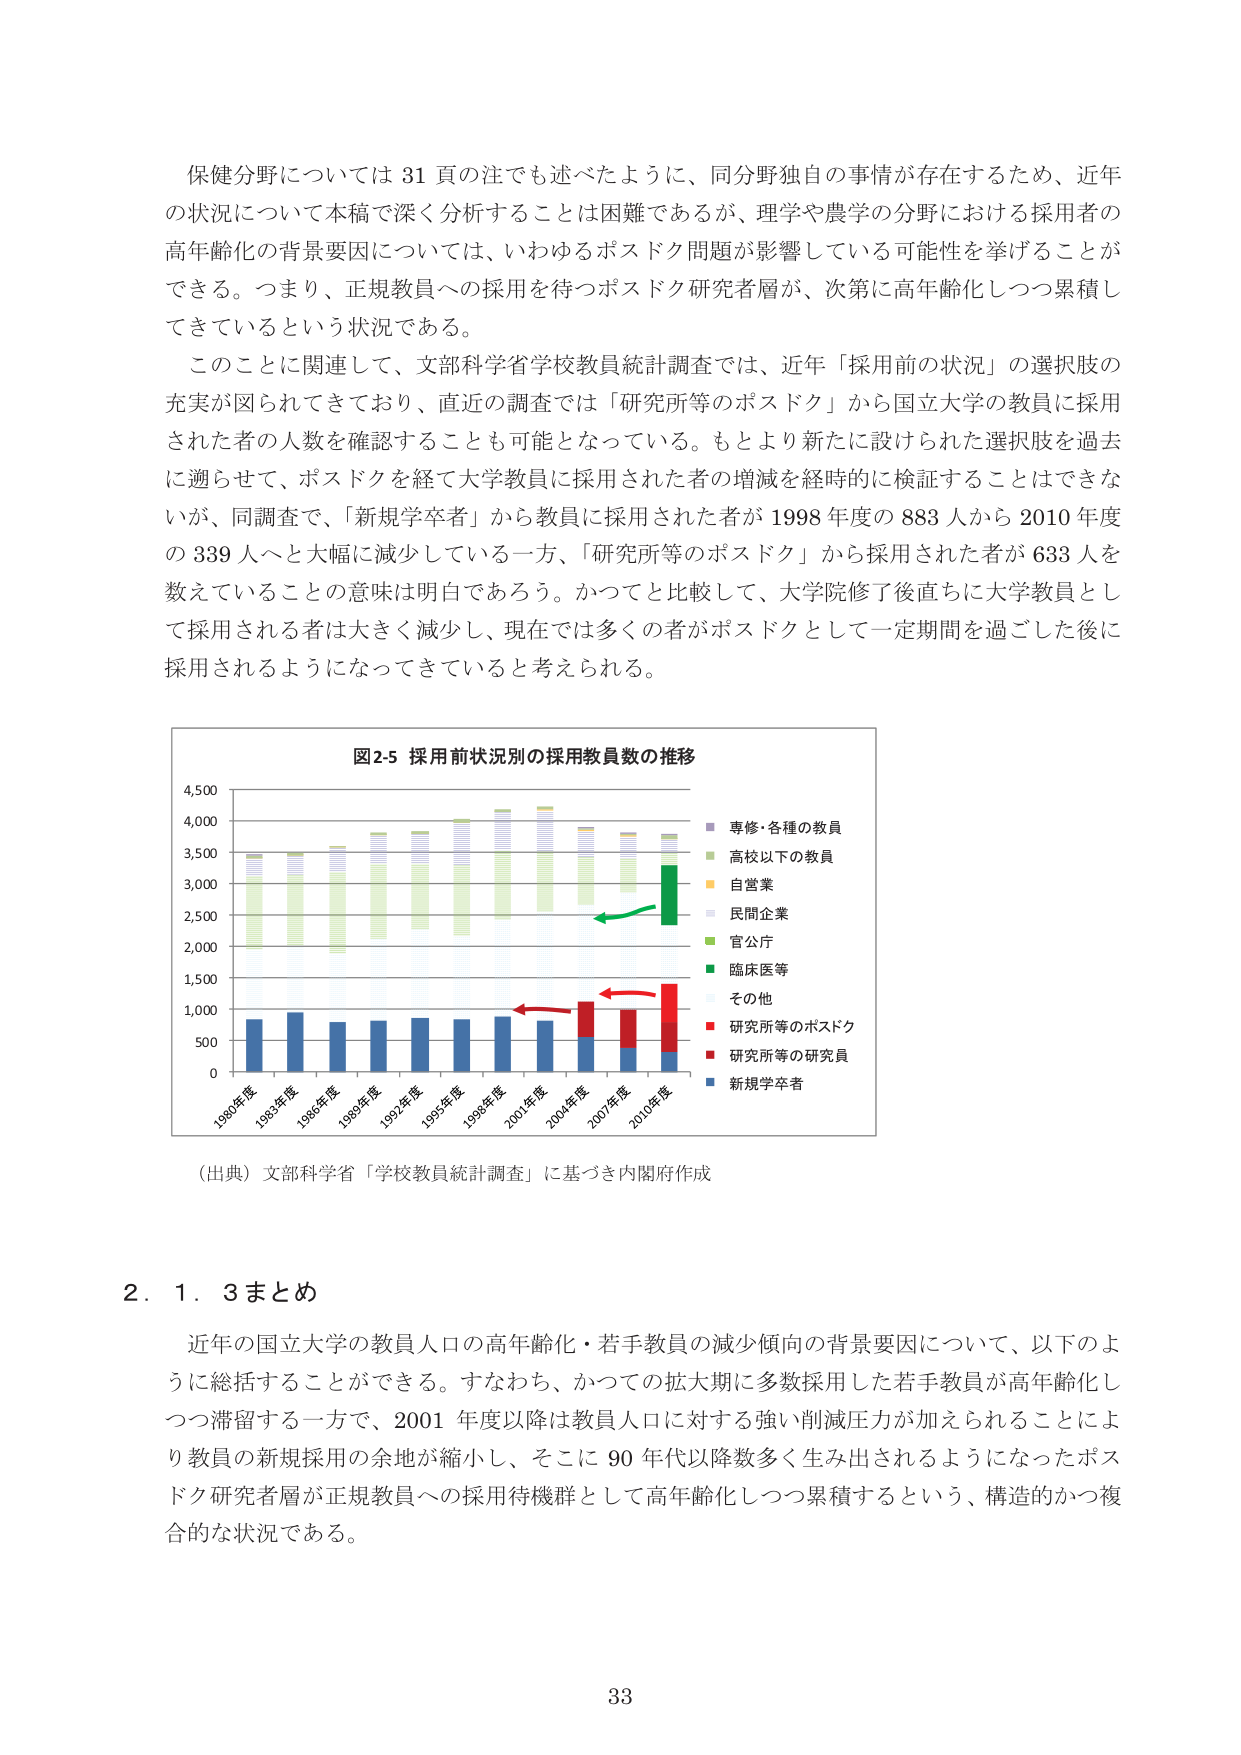
保健分野については 31 頁の注でも述べたように、同分野独自の事情が存在するため、近年の状況について本稿で深く分析することは困難であるが、理学や農学の分野における採用者の高年齢化の背景要因については、いわゆるポスドク問題が影響している可能性を挙げることができる。つまり、正規教員への採用を待つポスドク研究者層が、次第に高年齢化しつつ累積してきているという状況である。

このことに関連して、文部科学省学校教員統計調査では、近年「採用前の状況」の選択肢の充実が図られてきており、直近の調査では「研究所等のポスドク」から国立大学の教員に採用された者の人数を確認することも可能となっている。もとより新たに設けられた選択肢を過去に遡らせて、ポスドクを経て大学教員に採用された者の増減を経時的に検証することはできないが、同調査で、「新規学卒者」から教員に採用された者が 1998 年度の 883 人から 2010 年度の 339 人へと大幅に減少している一方、「研究所等のポスドク」から採用された者が 633 人を数えていることの意味は明白であろう。かつてと比較して、大学院修了後直ちに大学教員として採用される者は大きく減少し、現在では多くの者がポスドクとして一定期間を過ごした後に採用されるようになってきていると考えられる。

図2-5 採用前状況別の採用教員数の推移

（出典）文部科学省「学校教員統計調査」に基づき内閣府作成

2．1．3 まとめ

近年の国立大学の教員人口の高年齢化・若手教員の減少傾向の背景要因について、以下のように総括することができる。すなわち、かつての拡大期に多数採用した若手教員が高年齢化しつつ滞留する一方で、2001 年度以降は教員人口に対する強い削減圧力が加えられることにより教員の新規採用の余地が縮小し、そこに 90 年代以降数多く生み出されるようになったポスドク研究者層が正規教員への採用待機群として高年齢化しつつ累積するという、構造的かつ複合的な状況である。

33

専修・各種の教員
高校以下の教員
自営業
民間企業
官公庁
臨床医等
その他
研究所等のポスドク
研究所等の研究員
新規学卒者

1980年度
1983年度
1986年度
1989年度
1992年度
1995年度
1998年度
2001年度
2004年度
2007年度
2010年度

4,500
4,000
3,500
3,000
2,500
2,000
1,500
1,000
500
0